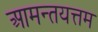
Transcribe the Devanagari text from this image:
आमन्तयत्तम